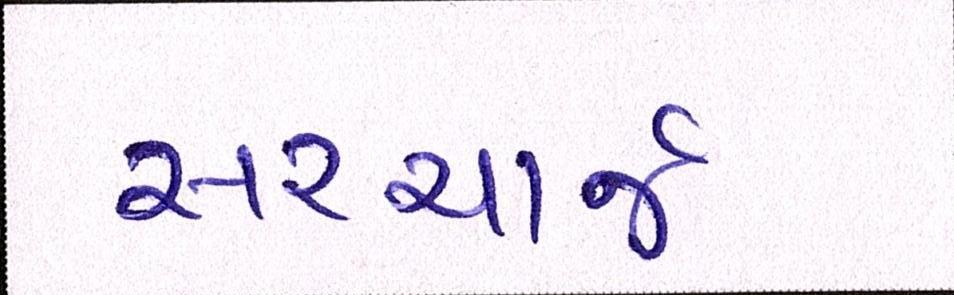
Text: સરચાર્જ